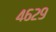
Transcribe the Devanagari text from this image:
४६२९